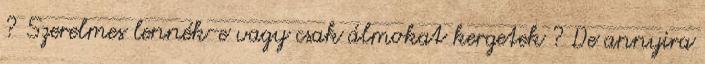
? Szerelmes lennék-e vagy csak álmokat kergetek ? De annyira